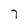
Character: 7